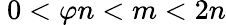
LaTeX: \ 0<\varphi n<m<2n